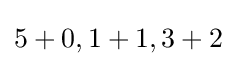
5+0,1+1,3+2